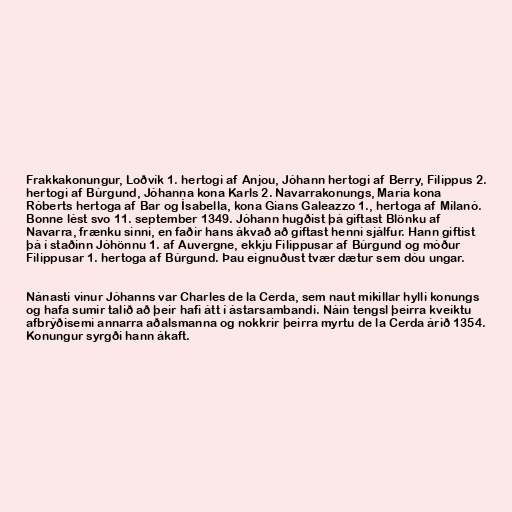
Frakkakonungur, Loðvík 1. hertogi af Anjou, Jóhann hertogi af Berry, Filippus 2.
hertogi af Búrgund, Jóhanna kona Karls 2. Navarrakonungs, María kona
Róberts hertoga af Bar og Ísabella, kona Gians Galeazzo 1., hertoga af Mílanó.
Bonne lést svo 11. september 1349. Jóhann hugðist þá giftast Blönku af
Navarra, frænku sinni, en faðir hans ákvað að giftast henni sjálfur. Hann giftist
þá í staðinn Jóhönnu 1. af Auvergne, ekkju Filippusar af Búrgund og móður
Filippusar 1. hertoga af Búrgund. Þau eignuðust tvær dætur sem dóu ungar.

Nánasti vinur Jóhanns var Charles de la Cerda, sem naut mikillar hylli konungs
og hafa sumir talið að þeir hafi átt í ástarsambandi. Náin tengsl þeirra kveiktu
afbrýðisemi annarra aðalsmanna og nokkrir þeirra myrtu de la Cerda árið 1354.
Konungur syrgði hann ákaft.